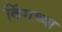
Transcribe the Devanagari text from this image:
विंगच्या